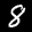
Label: 8